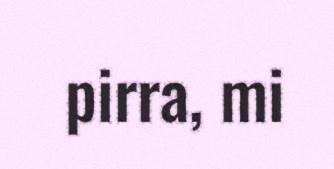
pirra, mi